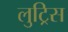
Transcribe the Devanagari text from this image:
लुट्रिस